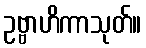
ဥဗ္ဗာဟိကာသုတ်။